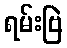
ရမ်းဗြဲ